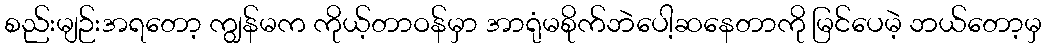
စည်းမျဉ်းအရတော့ ကျွန်မက ကိုယ့်တာဝန်မှာ အာရုံမစိုက်ဘဲပေါ့ဆနေတာကို မြင်ပေမဲ့ ဘယ်တော့မှ